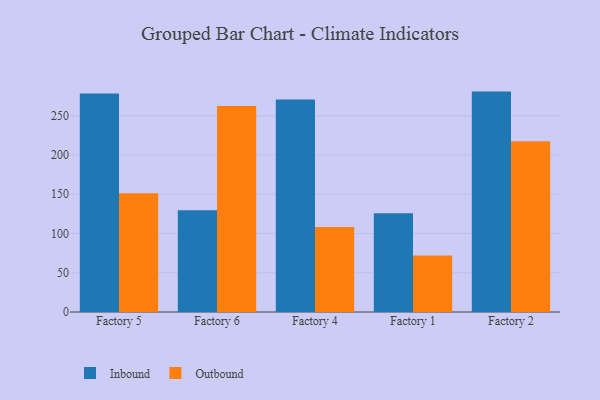
{"axis": {"x": "Factory", "y": "Latency (ms)"}, "legend": ["Inbound", "Outbound"], "data": [{"x": "Factory 5", "y": 278.3, "type": "Inbound"}, {"x": "Factory 5", "y": 151.2, "type": "Outbound"}, {"x": "Factory 6", "y": 129.5, "type": "Inbound"}, {"x": "Factory 6", "y": 262.4, "type": "Outbound"}, {"x": "Factory 4", "y": 270.5, "type": "Inbound"}, {"x": "Factory 4", "y": 108.1, "type": "Outbound"}, {"x": "Factory 1", "y": 125.9, "type": "Inbound"}, {"x": "Factory 1", "y": 72.0, "type": "Outbound"}, {"x": "Factory 2", "y": 280.7, "type": "Inbound"}, {"x": "Factory 2", "y": 217.6, "type": "Outbound"}]}